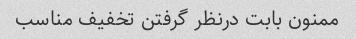
ممنون بابت درنظر گرفتن تخفیف مناسب